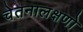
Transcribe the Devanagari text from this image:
चेतनालक्षणो